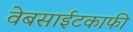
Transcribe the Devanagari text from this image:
वेबसाईटकाफी